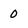
Character: 0